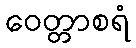
ဝေတ္တာစရံ